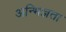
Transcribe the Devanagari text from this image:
अन्भिज्ञता